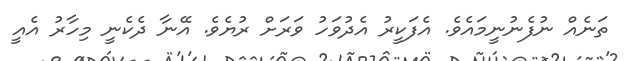
ތަނެއް ނުފެނުނީމައެވެ. އެފަކީރު އެދުވަހު ވަރަށް ރުޔެވެ. އޭނާ ދެކެނީ މިހާރު އެއީ